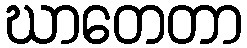
ဃာတေတာ